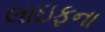
લાઇફના